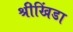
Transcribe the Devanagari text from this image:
श्रीखिंडा